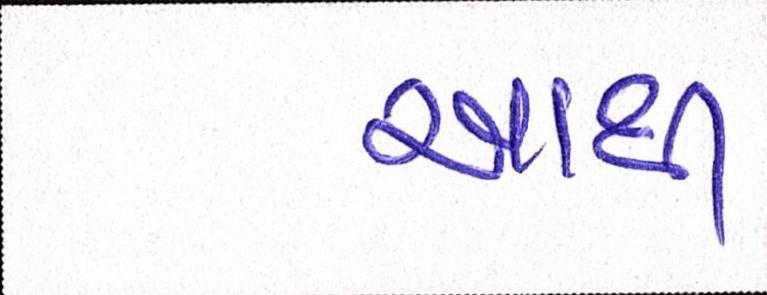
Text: આથી